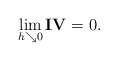
\begin{align*} \lim \limits_{h\searrow 0}\mathbf{IV}=0. \end{align*}